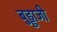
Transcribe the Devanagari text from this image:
बुड्डाजी